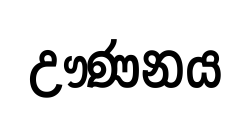
ඌණනය